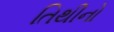
તિથીનો